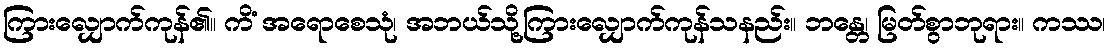
ကြားလျှောက်ကုန်၏။ ကိံ အရောစေသုံ၊ အဘယ်သို့ကြားလျှောက်ကုန်သနည်း။ ဘန္တေ၊ မြတ်စွာဘုရား။ ကဿ၊